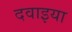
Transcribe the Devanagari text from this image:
दवाइया